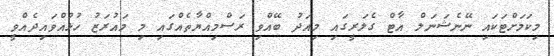
މިކަމަށްޓަކައި ނޭނެޝަނަލް އާޓް ގެލަރީގައި މިއަދު ބޭއްވި ރަސްމިއްޔާތެއްގައި މި މައުރަޒު ހުޅުއްވައިދެއްވީ